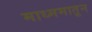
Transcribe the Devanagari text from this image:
माध्ममातून